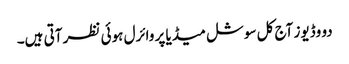
دو وڈیوز آج کل سوشل میڈیا پر وائرل ہوئی نظر آتی ہیں۔